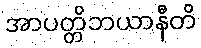
အာပတ္တိဘယာနီတိ